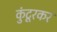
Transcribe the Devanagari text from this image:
कुंटूरकर